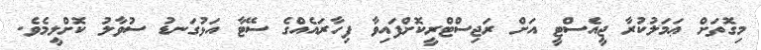
މިގޮތަށް ޢަމަލުކުރާ ޖީއެސްޓީ އަށް ރަޖިސްޓްރީކޮށްފައިވާ ފިހާރައެއްގެ ސޭޓާ އަޅުގަނޑު ސުވާލު ކޮށްލީމެވެ.